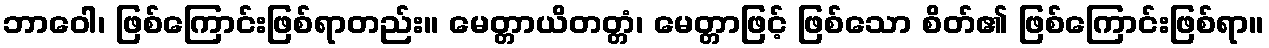
ဘာဝေါ၊ ဖြစ်ကြောင်းဖြစ်ရာတည်း။ မေတ္တာယိတတ္တံ၊ မေတ္တာဖြင့် ဖြစ်သော စိတ်၏ ဖြစ်ကြောင်းဖြစ်ရာ။